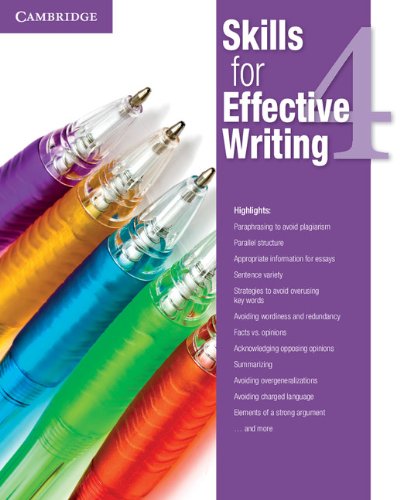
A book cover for Skills for Effective Writing Level 4 Student's Book; Reference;